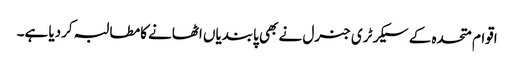
اقوام متحدہ کے سیکرٹری جنرل نے بھی پابندیاں اٹھانے کامطالبہ کردیا ہے۔